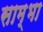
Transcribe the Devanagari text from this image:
साम्भा